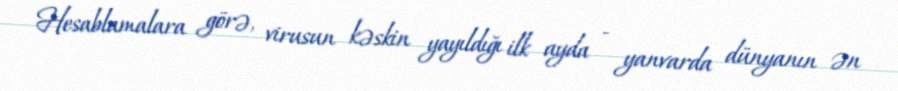
Hesablamalara görə, virusun kəskin yayıldığı ilk ayda - yanvarda dünyanın ən